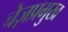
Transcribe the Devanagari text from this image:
चेज़प्रमुख